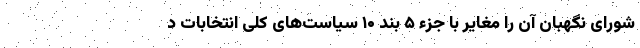
شورای نگهبان آن را مغایر با جزء ۵ بند ۱۰ سیاست‌های کلی انتخابات د